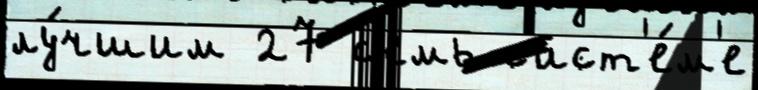
лу́чшим 27 с'емь с'ист'е́м'е